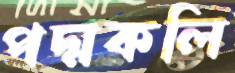
পদ্মকলি